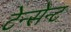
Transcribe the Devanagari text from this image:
टेन्सेन्ट